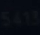
5415